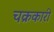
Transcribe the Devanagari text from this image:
चक्रकारी